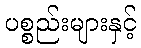
ပစ္စည်းများနှင့်